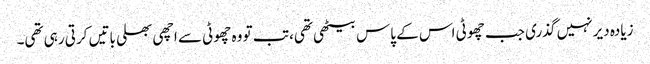
زیادہ دیر نہیں گذری جب چھوٹی اس کے پاس بیٹھی تھی، تب تو وہ چھوٹی سے اچھی بھلی باتیں کرتی رہی تھی۔